Lunatic asylums in Bengal annual reports 1912-1924 - 1912-1924
Year: 1912
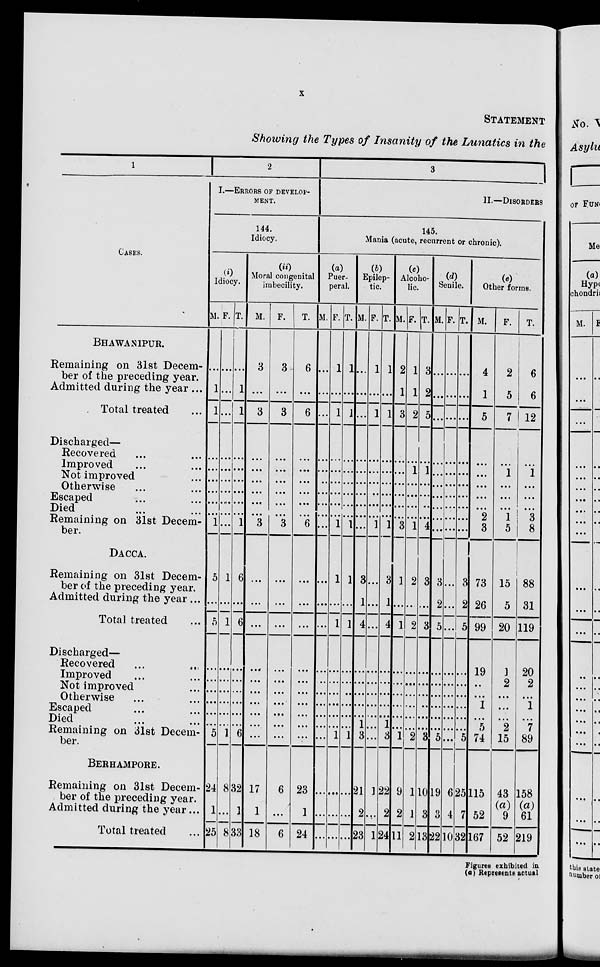
x
STATEMENT
Showing the Types of Insanity of the Lunatics in the
1
CASES.
BHAWANIPUR.
Remaining on 31st Decem-
ber of the preceding year.
Admitted during the year ...
Total treated ...
Discharged—
Recovered ... ...
Improved ... ...
Not improved ...
Otherwise ... ...
Escaped ... ...
Died ... ...
Remaining on 31st Decem-
ber.
DACCA.
Remaining on 31st Decem-
ber of the preceding year.
Admitted during the year ...
Total treated ...
Discharged—
Recovered ... ...
Improved ... ...
Not improved ...
Otherwise ... ...
Escaped ... ...
Died ... ...
Remaining on 31st Decem-
ber
BERHAMPORE.
Remaining on 31st Decem-
ber of the preceding year.
Admitted during the year ...
Total treated ...
2
I.—ERRORS OF DEVELOP-
-----
144.
Idiocy.
(i)
Idiocy.
M.
...
1
1
...
...
...
...
...
...
1
5
...
5
...
...
...
...
...
...
5
24
1
25
F.
...
...
...
...
...
...
...
...
...
...
1
...
1
...
...
...
...
...
...
1
8
...
8
T.
...
1
1
...
...
...
...
...
...
1
6
...
6
...
...
...
...
...
...
6
32
1
33
(ii)
Moral congenital
imbecility.
M.
3
...
3
...
...
...
...
...
...
3
...
...
...
...
...
...
...
...
...
...
17
1
18
F.
3
...
3
...
...
...
...
...
...
3
...
...
...
...
...
...
...
...
...
...
6
...
6
T.
6
...
6
...
...
...
...
...
...
6
...
...
...
...
...
...
...
...
...
...
23
1
24
3
II.—DISORDERS
145.
Mania (acute, recurrent or chronic).
(a)
Puer-
peral.
M.
...
...
...
...
...
...
...
...
...
...
...
...
...
...
...
...
...
...
...
...
...
...
...
F.
1
...
1
...
...
...
...
...
...
1
1
...
1
...
...
...
...
...
...
1
...
...
...
T.
1
...
1
...
...
...
...
...
...
1
1
...
1
...
...
...
...
...
...
1
...
...
...
(b)
Epilep-
tic.
M.
...
...
...
...
...
...
...
...
...
...
3
1
4
...
...
...
...
...
1
3
21
2
23
F.
1
...
1
...
...
...
...
...
...
1
...
...
...
...
...
...
...
...
...
...
1
...
1
T.
1
...
1
...
...
...
...
...
...
1
3
1
4
...
...
...
...
...
1
3
28
2
24
(c)
Alcoho-
lic.
M.
2
1
3
...
...
...
...
...
...
3
1
...
1
...
...
...
...
...
...
1
9
2
11
F.
1
1
2
...
1
...
...
...
...
1
2
...
2
...
...
...
...
...
...
2
1
1
2
T.
3
2
5
...
1
...
...
...
...
4
3
...
3
...
...
...
...
...
...
3
10
3
13
(d)
Senile.
M.
...
...
...
...
...
...
...
...
...
...
8
2
5
...
...
...
...
...
...
5
19
3
22
F.
...
...
...
...
...
...
...
...
...
...
...
...
...
...
...
...
...
...
...
...
6
4
10
T.
...
...
...
...
...
...
...
...
...
...
3
2
5
...
...
...
...
...
...
5
25
7
32
(e)
Other forms.
M.
4
1
5
...
...
...
...
...
2
3
73
26
99
19
...
...
1
...
5
74
115
52
167
F.
2
5
7
...
1
...
...
...
1
5
15
5
20
1
2
...
...
...
2
15
43
(a)
9
52
T.
6
6
12
...
1
...
...
...
3
8
88
31
119
20
2
...
1
...
7
89
158
(a)
61
219
Figures exhibited in
(a) Represents actual